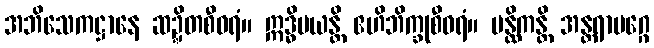
အဘိသေကဋ္ဌာနေ ဆဍ္ဍိတစီဝရံ။ ဣဒ္ဓိမယန္တိ ဧဟိဘိက္ခုစီဝရံ။ ပန္ထိကန္တိ အန္တရာမဂ္ဂေ